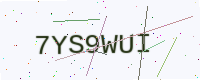
Text: 7YS9WUI